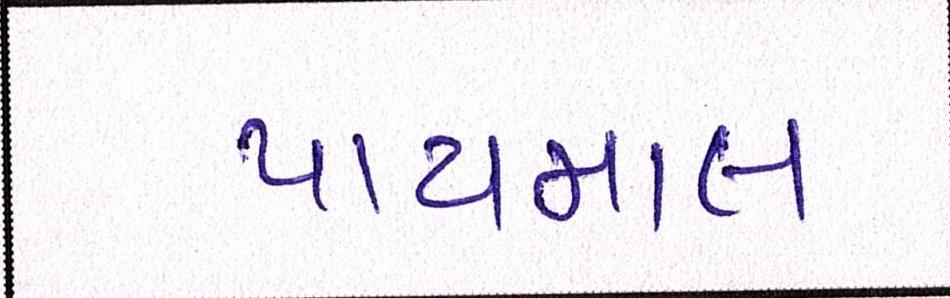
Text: પાયમાલ